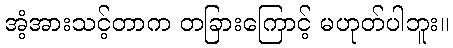
အံ့အားသင့်တာက တခြားကြောင့် မဟုတ်ပါဘူး။